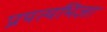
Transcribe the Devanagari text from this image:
प्रयत्यभिज्ञा